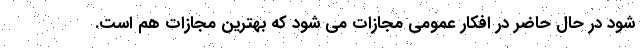
شود در حال حاضر در افکار عمومی مجازات می شود که بهترین مجازات هم است.